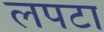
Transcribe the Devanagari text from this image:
लपटा